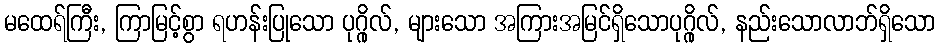
မထေရ်ကြီး, ကြာမြင့်စွာ ရဟန်းပြုသော ပုဂ္ဂိုလ်, များသော အကြားအမြင်ရှိသောပုဂ္ဂိုလ်, နည်းသောလာဘ်ရှိသော